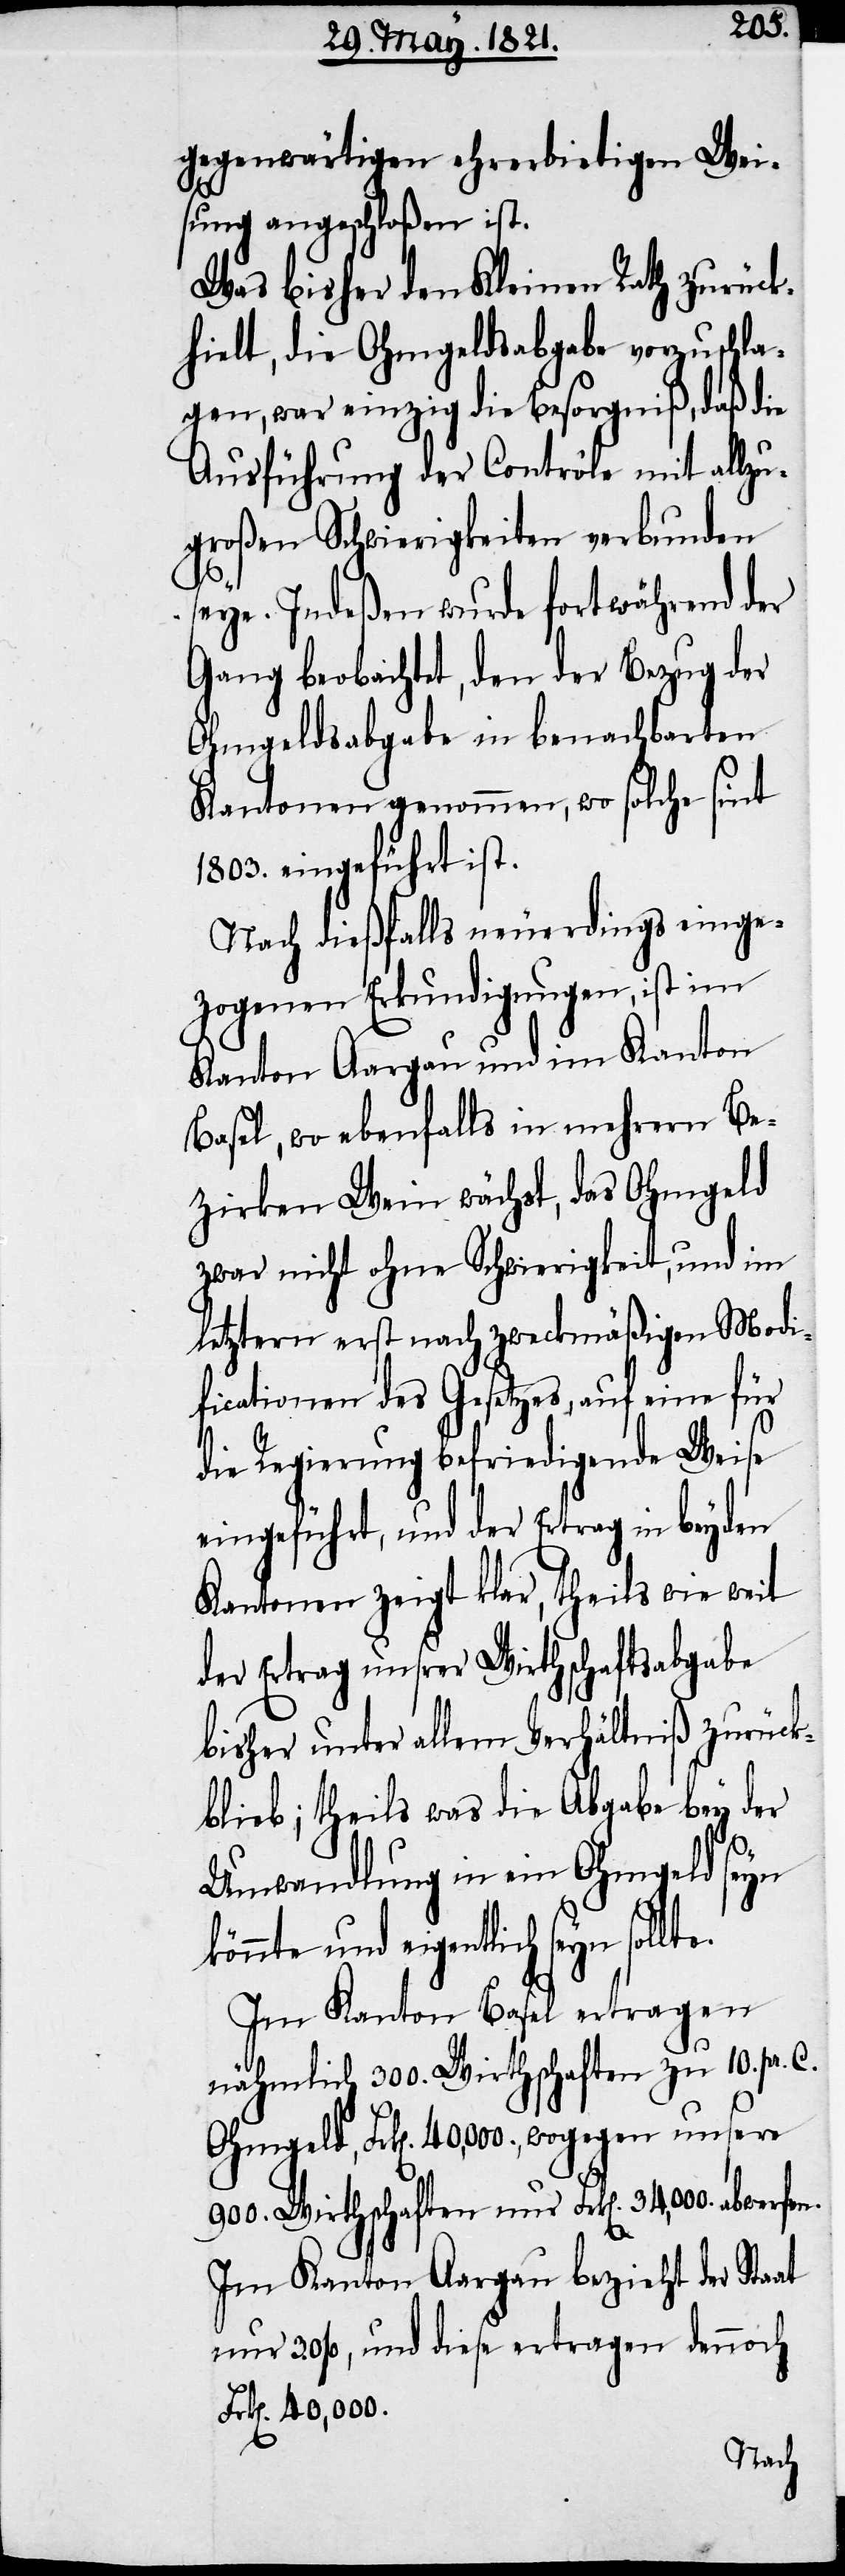
e.
gegenwärtigen ehrerbietigen Wei¬
sung angeschloßen ist.
Was bisher den Kleinen Rath zurück¬
hielt, die Ohmgeldsabgabe vorzuschla¬
gen, war einzig die Besorgniß, daß die
Ausführung der Contrôle mit allzu¬
großen Schwierigkeiten verbunden
seye. Indeßen wurde fortwährend der
Gang beobachtet, den der Bezug der
Ohmgeldsabgabe in benachbarten
Kantonen genommen, wo solche sint
1803. eingeführt ist.
Nach dießfalls neuerdings einge¬
zogenen Erkundigungen, ist im
Kanton Aargau und im Kanton
Basel, wo ebenfalls in mehrern Be¬
zirken Wein wächst, das Ohmgeld
zwar nicht ohne Schwierigkeit, und im
letztern erst nach zweckmäßiger Modi¬
fication des Gesetzes, auf eine für
die Regierung befriedigende Weise
eingeführt, und der Ertrag in beyden
Kantonen zeigt klar, theils wie weit
der Ertrag unsrer Wirthschaftsabga¬
be unter allem Verhältniß zurück¬
blieb; theils was die Abgabe bey der
Umwandlung in ein Ohmgeld seyn
könnte und eigentlich seyn sollt¬
Im Kanton Basel ertragen
nähmlich 300. Wirthschaften zu 10. pr. C.
Ohmgeld, Frk[en]. 40,000., wogegen unsere
900. Wirthschaften nur Frk[en]. 34,000
Im Kanton Aargau bezieht der Staat
nur 3. %, und diese ertragen dennoch
Frk[en]. 40,000.